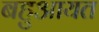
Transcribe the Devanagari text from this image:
बहुआयत